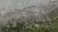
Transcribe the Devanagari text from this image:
हुहाव।